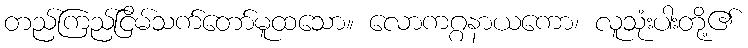
တည်ကြည်ငြိမ်သက်တော်မူထသော။ လောကဂ္ဂနာယကော၊ လူသုံးပါးတို့၏